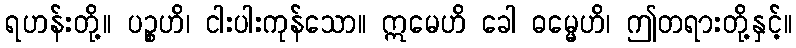
ရဟန်းတို့။ ပဉ္စဟိ၊ ငါးပါးကုန်သော။ ဣမေဟိ ခေါ ဓမ္မေဟိ၊ ဤတရားတို့နှင့်။